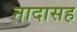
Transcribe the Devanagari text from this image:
नादासह